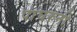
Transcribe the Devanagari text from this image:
पांघरुनी